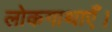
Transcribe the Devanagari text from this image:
लोकगाथाएँ।